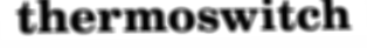
thermoswitch